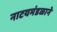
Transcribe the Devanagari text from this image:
नाटयमंडळाने